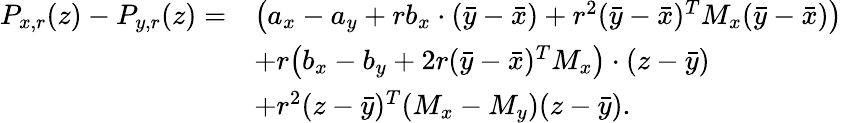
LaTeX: \begin{array}{rl}{P_{x,r}(z)-P_{y,r}(z)=}&{\bigl(a_{x}-a_{y}+rb_{x}\cdot(\bar{y}-\bar{x})+r^{2}(\bar{y}-\bar{x})^{T}M_{x}(\bar{y}-\bar{x})\bigr)}\\ &{+r\bigl(b_{x}-b_{y}+2r(\bar{y}-\bar{x})^{T}M_{x}\bigr)\cdot(z-\bar{y})}\\ &{+r^{2}(z-\bar{y})^{T}(M_{x}-M_{y})(z-\bar{y}).}\end{array}